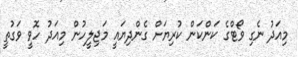
މިއަދު ނެގި ވޯޓްގެ ކަންކަން ކުރިޔަށް ގެންދިޔައީ މަޖިލީހުން މިއަދު ހޮވީ ވަގުތީ